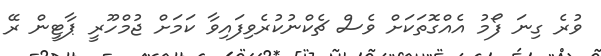
ވުރެ ގިނަ ފޯމު އެއްގޮތަކަށް ވެސް ޗެކްނުކުރެވިފައިވާ ކަމަށް ޖުމްހޫރީ ޕާޓީން ރޭ